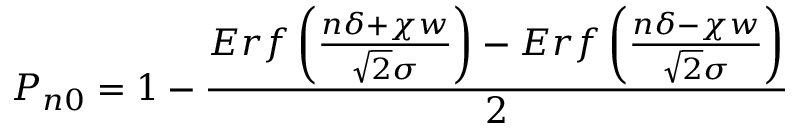
P _ { n 0 } = 1 - \frac { E r f \left( \frac { n \delta + \chi w } { \sqrt { 2 } \sigma } \right) - E r f \left( \frac { n \delta - \chi w } { \sqrt { 2 } \sigma } \right) } { 2 }